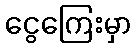
ငွေကြေးမှာ